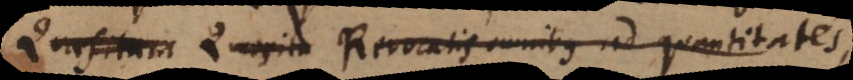
Quaesita (ffff) Revocatis omnibus ad quantitates